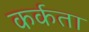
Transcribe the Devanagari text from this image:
कर्कता